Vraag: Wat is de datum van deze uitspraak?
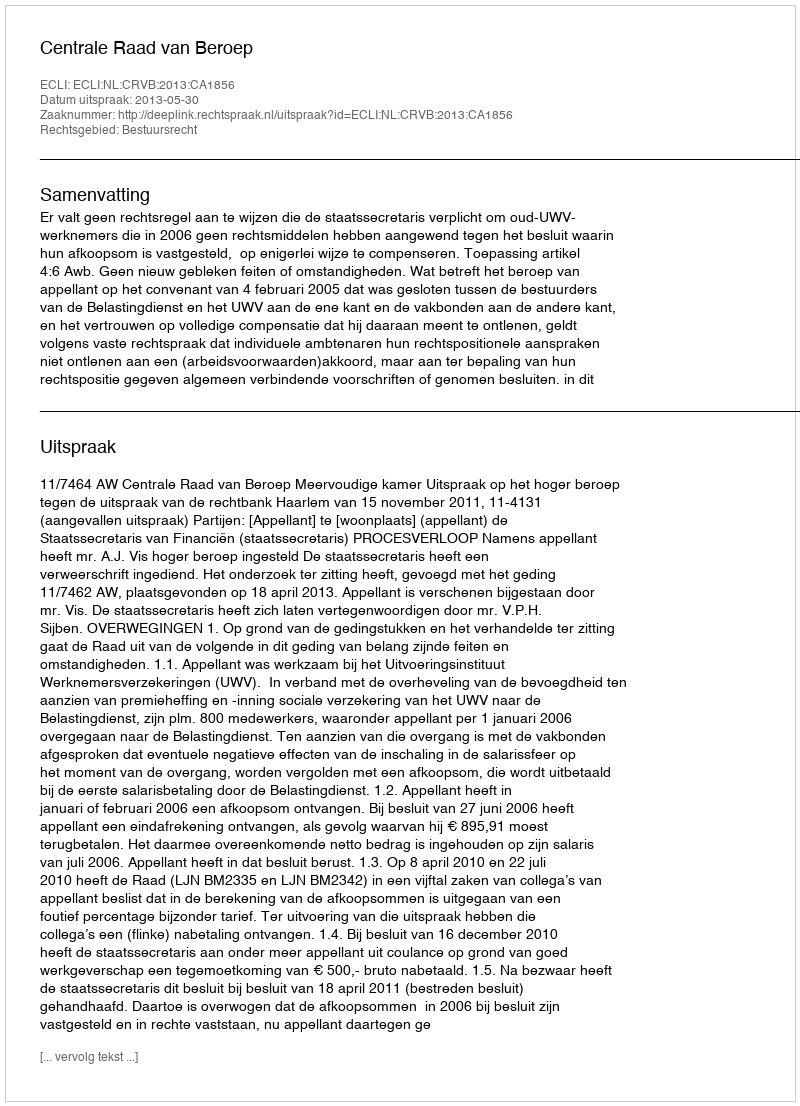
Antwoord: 2013-05-30